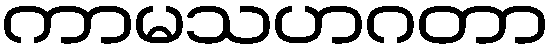
ကာမသဟဂတာ